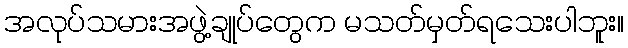
အလုပ်သမားအဖွဲ့ချုပ်တွေက မသတ်မှတ်ရသေးပါဘူး။